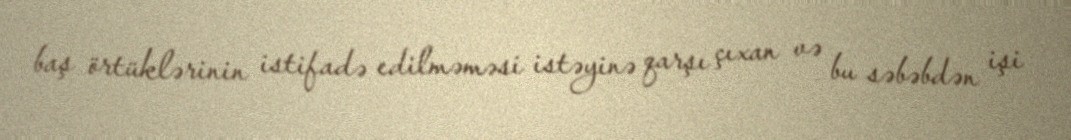
baş örtüklərinin istifadə edilməməsi istəyinə qarşı çıxan və bu səbəbdən işi